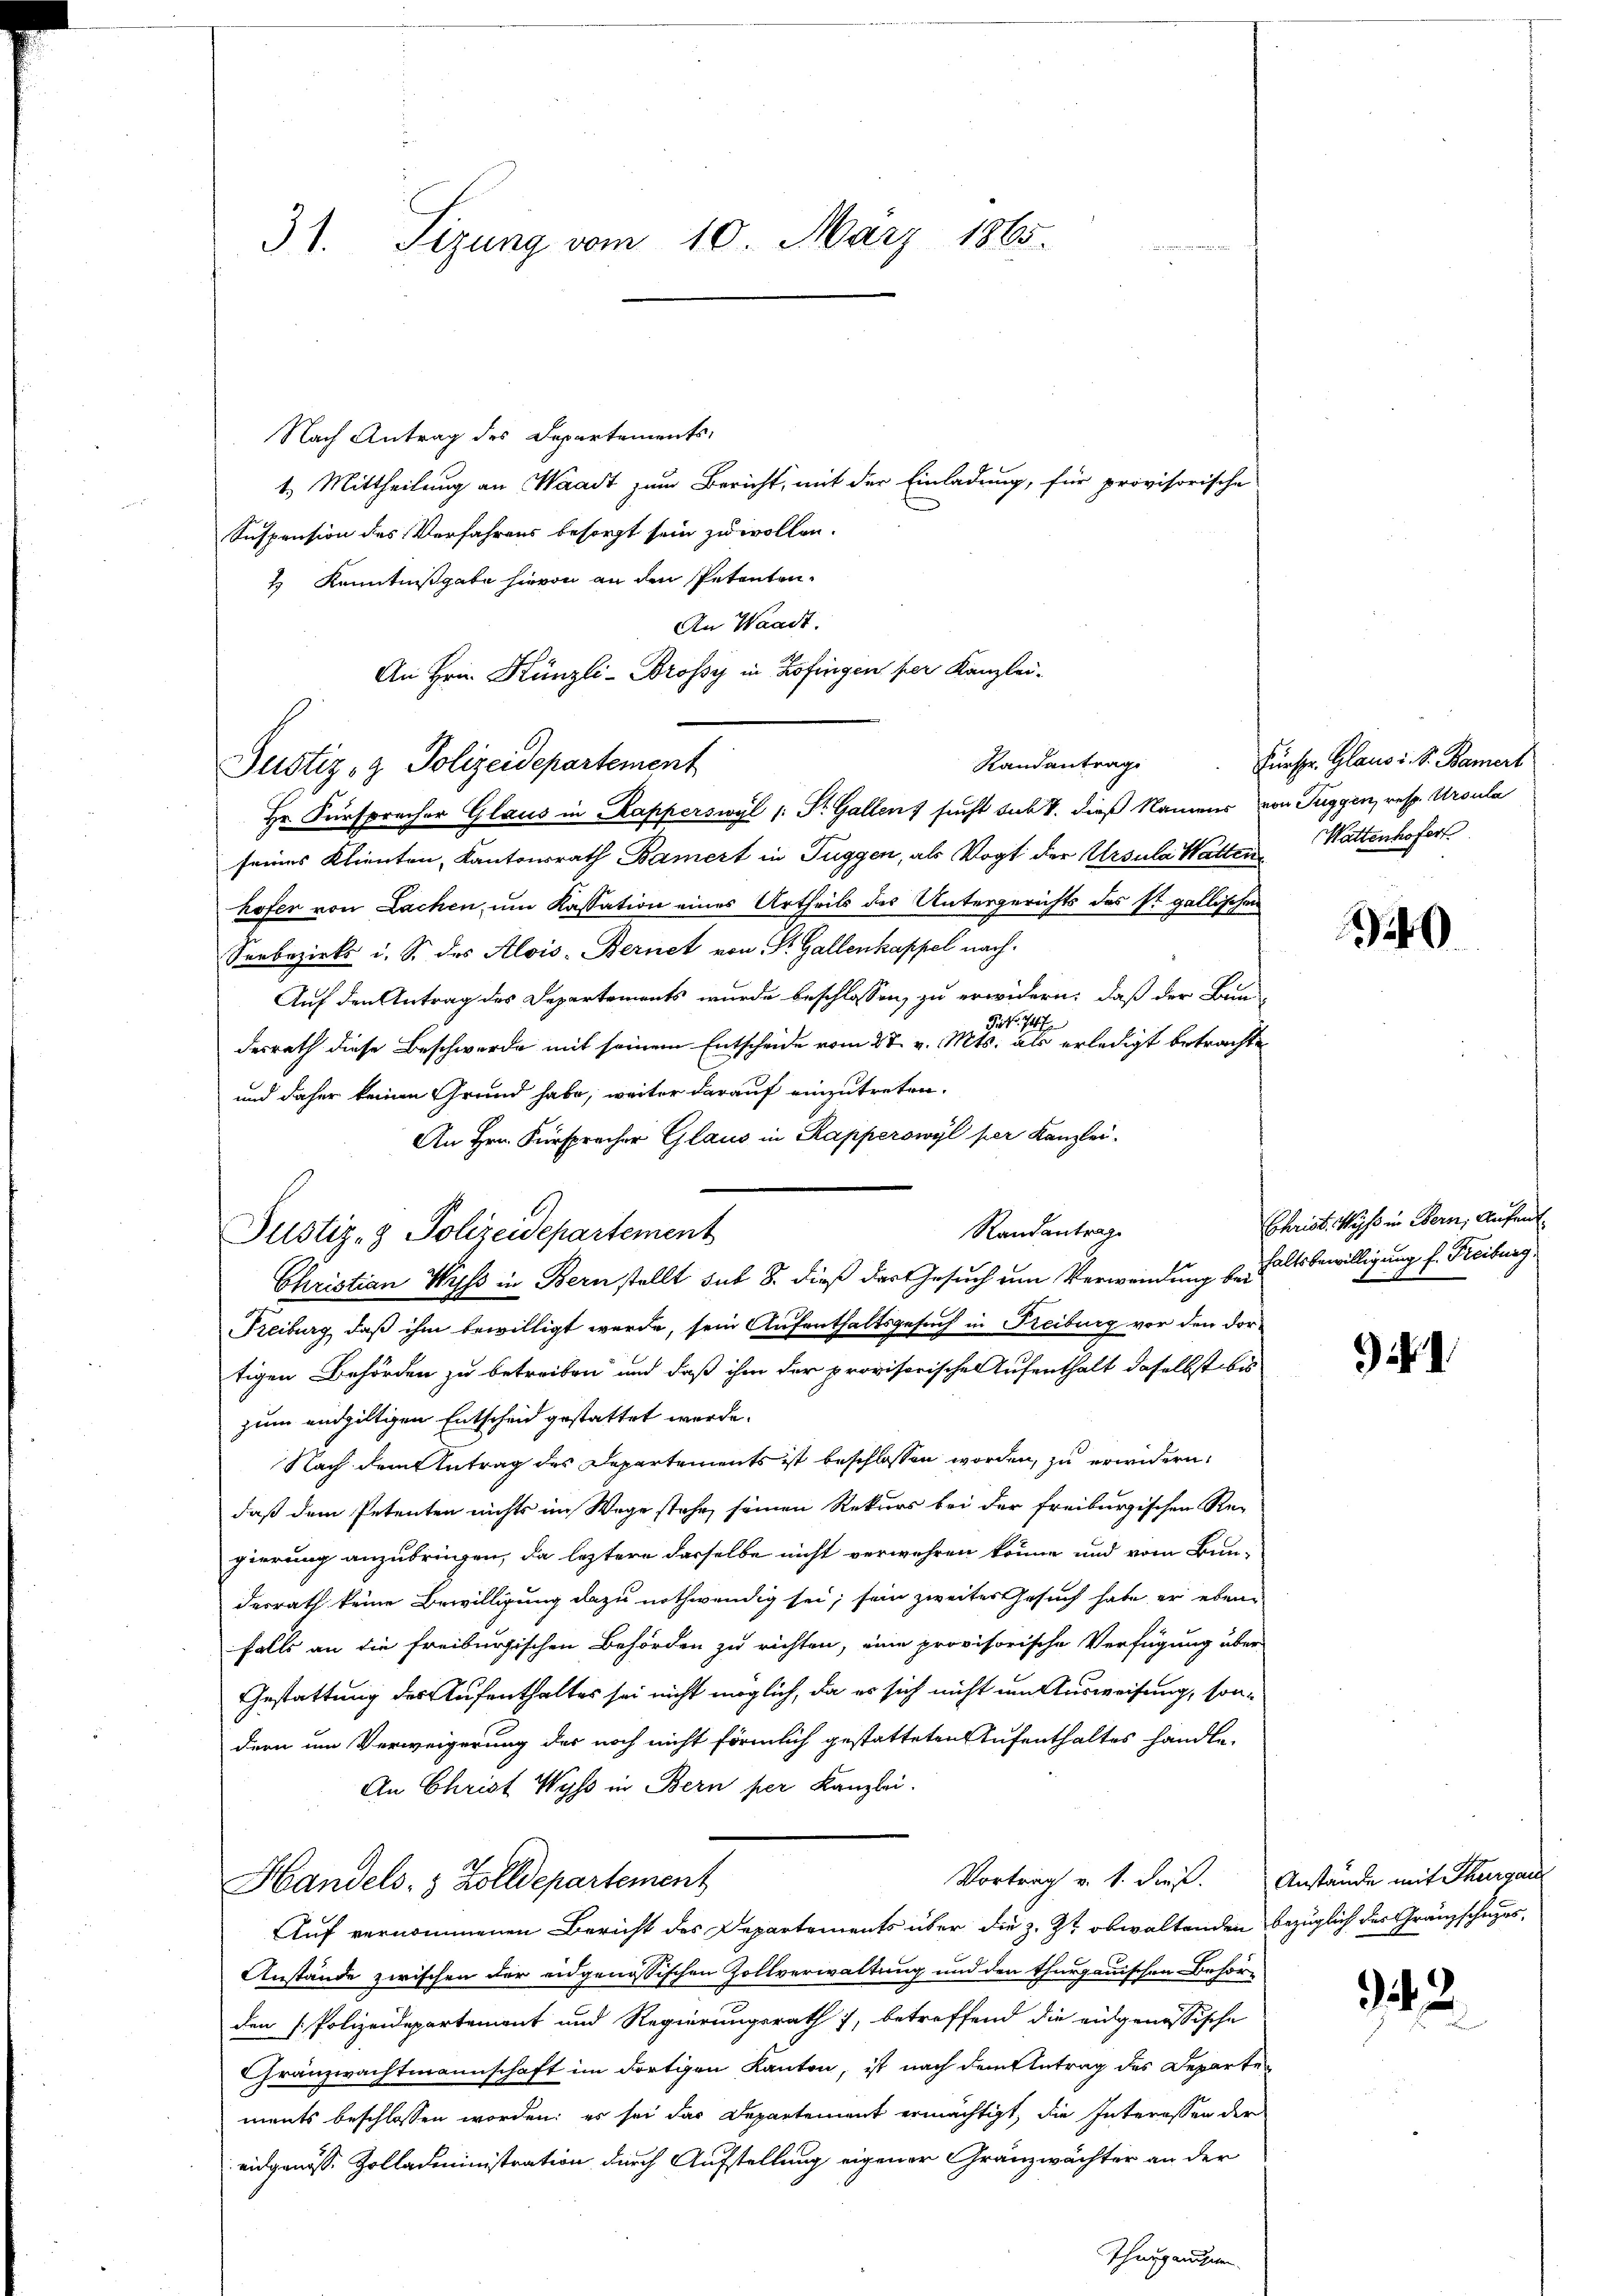
31. Sizung vom 10. März 1865.

Nach Antrag des Departements,
t. Mittheilung an Waadt zum Bericht, mit der Einladung, für provisorische
Suspension des Verfahrens besorgt sein zu wollen.
1 Kenntnißgabe hievon an den Petenten.
An Waadt.
Hr. Fürspracher Glaus in Kapperswyl (: St. Gallen sucht sub 1. dieß Namens von Tuggen, resp. Ursula
seines Klienten, Kantonsrath Bamert in Tuggen, als Vogt der Ursula Watten Wattenhofer
hofen von Lachen, um Kassation eines Urtheils des Untergerichts des st. gallischen
Seebezirks i. S. des Alois-Bernet von St. Gallenkappel nach.
Auf den Antrag des Departements wurde beschlossen, zu erwidern, daß der Bund
32 f. 747.
desrath diese Beschwerde mit seinem Entscheide vom 27. v. Mts. als erledigt betrachte
und daher keinen Grund habe, weiter darauf einzutreten.
An Hrn. Fürspracher Glaus in Kapperswyl per Kanzlei-
Randantrage
Justiz- & Polizeidepartement
Christian Wyss in Bern stellt sub 8. dieß der Gesuch um Verwendung behaltsbewilligung f. Freiburg,
Freiburg, daß ihm bewilligt werde, sein Aufenthaltsgesuch in Freiburg vor den dortigen Behörden zu betreiben und daß ihm der provisorischen Aufenthalt daselbst bis
zum endgültigen Entscheid gestattet werde.
Nach dem Antrag des Departements ist beschlossen worden, zu erwidern,
daß dem Petenten nichts im Wege stehe, seinen Rekurs bei der freiburgischen Re-
gierung anzubringen, da leztere derselbe nicht verwehren könne und vom Bun-
derrath keine Bewilligung dazu nothwendig sei; sein zweiter Gesuch habe er ebenfalls an die Freiburgischen Behörden zu richten, eine provisorische Verfügung über
Gestattung des Aufenthaltes sei nicht möglich, da es sich nicht um Ausweisung, sondern um Verweigerung des noch nicht förmlich gestatteten Aufenthaltes handle.
An Christ Wyss in Bern per Kanzlei.
Vortrag v. 1. dieß. Anstände mit Thurgau
Handels- & Zolldepartement
Auf vernommenen Bericht des Departements über die z. Zt obwaltenden bezüglich des Granzscheres,
Anstände zwischen der eidgenössischen Zollverwaltung und den thurgauischen Behör-
den Polizeidepartement und Regierungsrath 1, betreffend die eidgenössische
Gränzwachtmannschaft im dortigen Kanton, ist nach dem Antrag des Departe-
ments beschlossen worden; es sei das Departement ermächtigt, die Interessen der
eidgenöss. Zolladministration durch Aufstellung eigener Gränzwächter an der

Justiz- & Polizeidepartement

An Hrn. Künzli-Brossi in Zofingen per Kanzlei-
Randantrag

Fürspr. Glaus i. S. Bamers

40

Christ. Muß in Bern, Aufent

)

42.